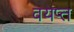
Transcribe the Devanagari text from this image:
वयप्त